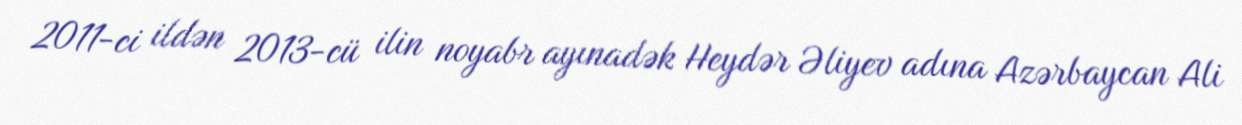
2011-ci ildən 2013-cü ilin noyabr ayınadək Heydər Əliyev adına Azərbaycan Ali